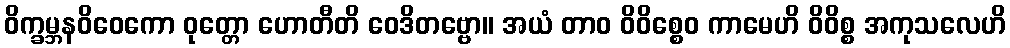
ဝိက္ခမ္ဘနဝိဝေကော ဝုတ္တော ဟောတီတိ ဝေဒိတဗ္ဗော။ အယံ တာဝ ဝိဝိစ္စေဝ ကာမေဟိ ဝိဝိစ္စ အကုသလေဟိ